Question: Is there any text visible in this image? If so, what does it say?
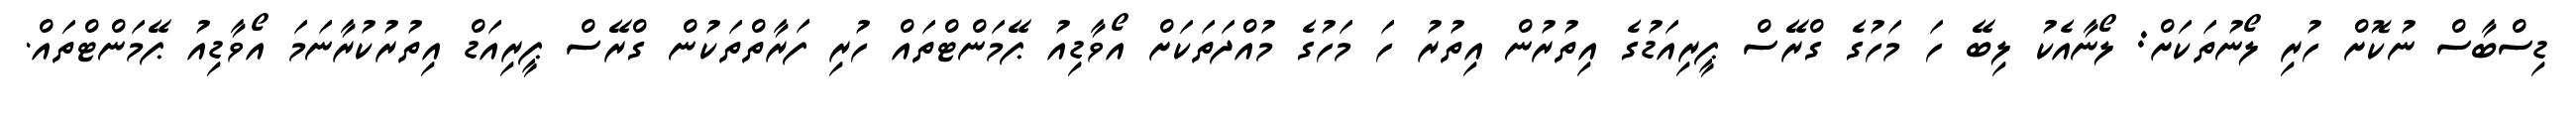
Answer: ޑިސްބާސް ނުކޮށް ހުރި ލޯނުތަކަށް: ލޯނާއެކު ލިބޭ ހަ މަހުގެ ގްރޭސް ޕީރިއަޑުގެ އިތުރުން އިތުރު ހަ މަހުގެ މުއްދަތަކަށް އޯވާޑިއު ޕޭމަންޓްތައް ހުރި ފަރާތްތަކުން ގްރޭސް ޕީރިއަޑް އިތުރުކުރާނަމަ އޯވާޑިއު ޕޭމަންޓްތައް.